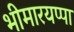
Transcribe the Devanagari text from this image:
भीमारयप्पा